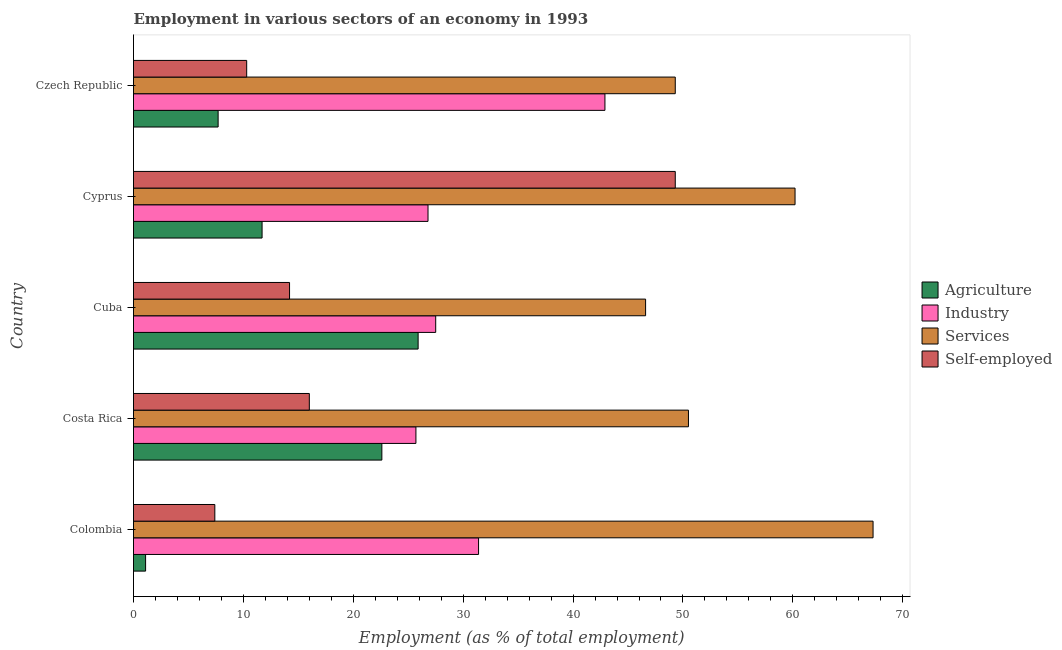
| Country | Agriculture | Industry | Services | Self-employed |
 | --- | --- | --- | --- | --- |
 | Colombia | 1.1 | 31.4 | 67.3 | 7.4 |
 | Costa Rica | 22.6 | 25.7 | 50.5 | 16 |
 | Cuba | 25.9 | 27.5 | 46.6 | 14.2 |
 | Cyprus | 11.7 | 26.8 | 60.2 | 49.3 |
 | Czech Republic | 7.7 | 42.9 | 49.3 | 10.3 |